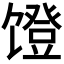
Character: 𬳒